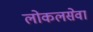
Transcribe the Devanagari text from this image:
लोकलसेवा